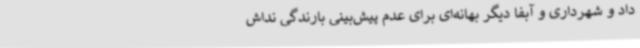
داد و شهرداری و آبفا دیگر بهانه‌ای برای عدم پیش‌بینی بارندگی نداش